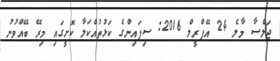
ޖަލްސާ މާލެ 24 އޭޕްރީލް 2016: ސިފައިންގެ ކަޅުތުއްކަލާ ކޮށީގައި މިރޭ ބޭއްވުނު